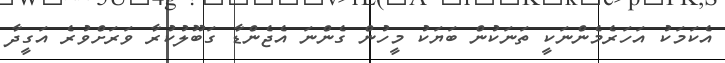
އެކަމަކު އަހަރެމެންނަކީ ތަނަކުން ބަޔަކު މީހުން ގެންނަ އެޖެންޑާ ގަބޫލުކުރާ ވަރަށްވުރެ އަގީދާ